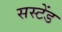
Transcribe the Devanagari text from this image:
सस्टेंड